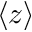
\langle z \rangle